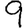
Digit: 9